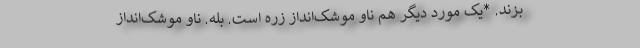
بزند. *یک مورد دیگر هم ناو موشک‌انداز زره است. بله. ناو موشک‌انداز